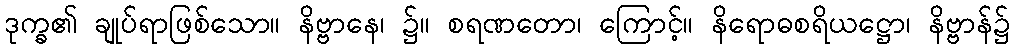
ဒုက္ခ၏ ချုပ်ရာဖြစ်သော။ နိဗ္ဗာနေ၊ ၌။ စရဏတော၊ ကြောင့်။ နိရောဓစရိယဋ္ဌော၊ နိဗ္ဗာန်၌